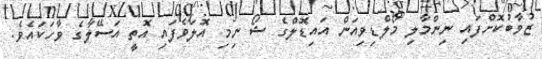
ޒުވާބުކޮށްފައި ނިންމާލި މޯލްޑިވިއަން އައިޑޮލްގެ ޝޯ ނިމި އޮލަވެފައި އޮތީ އަސޭލާގެ ވާހަކައެވެ.